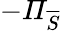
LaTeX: -\mathit{\Pi}_{\overline{{S}}}